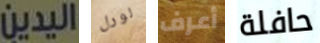
اليدين لورل أعرف حافلة